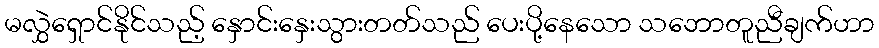
မလွှဲရှောင်နိုင်သည့် နှောင်းနှေးသွားတတ်သည် ပေးပို့နေသော သဘောတူညီချက်ဟာ